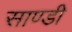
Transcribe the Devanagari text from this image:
साण्डी